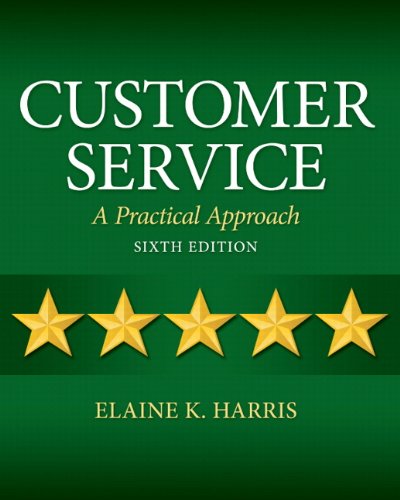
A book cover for Customer Service: A Practical Approach (6th Edition); Elaine K. Harris; Business & Money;